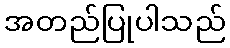
အတည်ပြုပါသည်